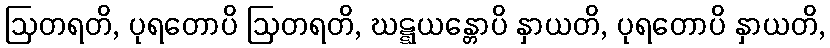
ဩတရတိ, ပုရတောပိ ဩတရတိ, ဃဋ္ဋယန္တောပိ နှာယတိ, ပုရတောပိ နှာယတိ,